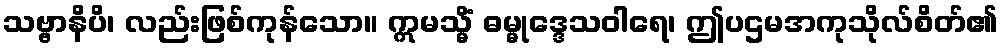
သဗ္ဗာနိပိ၊ လည်းဖြစ်ကုန်သော။ ဣမသ္မိံ ဓမ္မုဒ္ဒေသဝါရေ၊ ဤပဌမအကုသိုလ်စိတ်၏